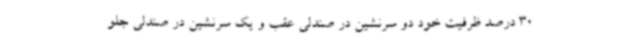
30 درصد ظرفیت خود دو سرنشین در صندلی عقب و یک سرنشین در صندلی جلو